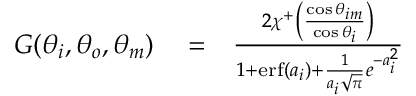
\begin{array} { r l r } { G ( \theta _ { i } , \theta _ { o } , \theta _ { m } ) } & { { } = } & { \frac { 2 \chi ^ { + } \left( \frac { \cos \theta _ { i m } } { \cos \theta _ { i } } \right) } { 1 + \mathrm { e r f } ( a _ { i } ) + \frac { 1 } { a _ { i } \sqrt { \pi } } e ^ { - a _ { i } ^ { 2 } } } } \end{array}